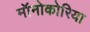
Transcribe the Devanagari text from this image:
मॉनोकोरिया